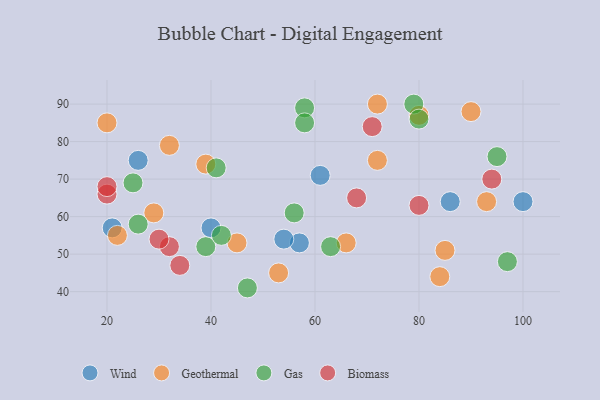
{"axis": {"x": "GDP", "y": "Life Expectancy"}, "legend": ["Biomass", "Gas", "Geothermal", "Wind"], "data": [{"x": "100", "y": 64, "type": "Wind"}, {"x": "26", "y": 75, "type": "Wind"}, {"x": "57", "y": 53, "type": "Wind"}, {"x": "40", "y": 57, "type": "Wind"}, {"x": "61", "y": 71, "type": "Wind"}, {"x": "54", "y": 54, "type": "Wind"}, {"x": "21", "y": 57, "type": "Wind"}, {"x": "86", "y": 64, "type": "Wind"}, {"x": "39", "y": 74, "type": "Geothermal"}, {"x": "85", "y": 51, "type": "Geothermal"}, {"x": "22", "y": 55, "type": "Geothermal"}, {"x": "84", "y": 44, "type": "Geothermal"}, {"x": "72", "y": 75, "type": "Geothermal"}, {"x": "93", "y": 64, "type": "Geothermal"}, {"x": "45", "y": 53, "type": "Geothermal"}, {"x": "66", "y": 53, "type": "Geothermal"}, {"x": "20", "y": 85, "type": "Geothermal"}, {"x": "53", "y": 45, "type": "Geothermal"}, {"x": "90", "y": 88, "type": "Geothermal"}, {"x": "29", "y": 61, "type": "Geothermal"}, {"x": "32", "y": 79, "type": "Geothermal"}, {"x": "80", "y": 87, "type": "Geothermal"}, {"x": "72", "y": 90, "type": "Geothermal"}, {"x": "95", "y": 76, "type": "Gas"}, {"x": "41", "y": 73, "type": "Gas"}, {"x": "97", "y": 48, "type": "Gas"}, {"x": "79", "y": 90, "type": "Gas"}, {"x": "56", "y": 61, "type": "Gas"}, {"x": "58", "y": 89, "type": "Gas"}, {"x": "58", "y": 85, "type": "Gas"}, {"x": "25", "y": 69, "type": "Gas"}, {"x": "80", "y": 86, "type": "Gas"}, {"x": "63", "y": 52, "type": "Gas"}, {"x": "47", "y": 41, "type": "Gas"}, {"x": "39", "y": 52, "type": "Gas"}, {"x": "26", "y": 58, "type": "Gas"}, {"x": "42", "y": 55, "type": "Gas"}, {"x": "34", "y": 47, "type": "Biomass"}, {"x": "32", "y": 52, "type": "Biomass"}, {"x": "30", "y": 54, "type": "Biomass"}, {"x": "71", "y": 84, "type": "Biomass"}, {"x": "94", "y": 70, "type": "Biomass"}, {"x": "20", "y": 66, "type": "Biomass"}, {"x": "68", "y": 65, "type": "Biomass"}, {"x": "80", "y": 63, "type": "Biomass"}, {"x": "20", "y": 68, "type": "Biomass"}]}